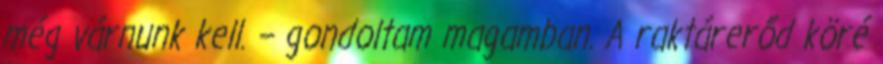
még várnunk kell. – gondoltam magamban. A raktárerőd köré